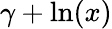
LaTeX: \gamma+\ln(x)